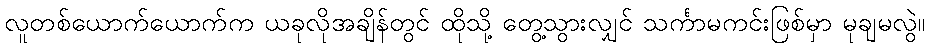
လူတစ်ယောက်ယောက်က ယခုလိုအချိန်တွင် ထိုသို့ တွေ့သွားလျှင် သင်္ကာမကင်းဖြစ်မှာ မုချမလွဲ။